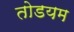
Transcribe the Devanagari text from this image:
तोडयम